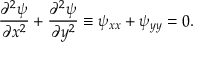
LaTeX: { \frac { \partial ^ { 2 } \psi } { \partial x ^ { 2 } } } + { \frac { \partial ^ { 2 } \psi } { \partial y ^ { 2 } } } \equiv \psi _ { x x } + \psi _ { y y } = 0 .